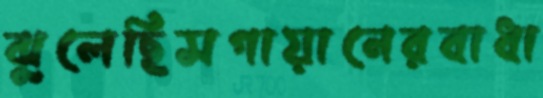
ঝুলেছিসগায়ানেরবাধা